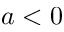
a < 0